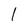
Character: 1